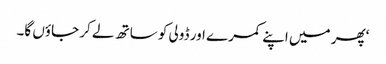
‘پھر میں اپنے کمرے اور ڈولی کو ساتھ لے کر جاؤں گا۔